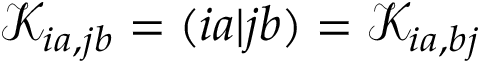
\mathcal { K } _ { i a , j b } = ( i a | j b ) = \mathcal { K } _ { i a , b j }